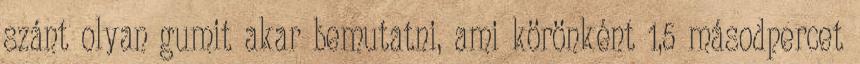
szánt olyan gumit akar bemutatni, ami körönként 1,5 másodpercet